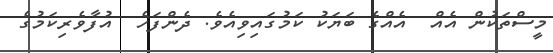
މީސްތަކުން އެއް  އެއްގެ ބަޔަކު ކަމުގައިވިއެވެ. ދެންފަހެ  އުފާވެރިކަމުގެ